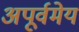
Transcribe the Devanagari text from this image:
अपूर्वमेय